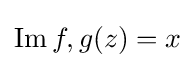
\operatorname {Im} f,g(z)=x